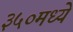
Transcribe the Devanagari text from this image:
३५०मध्ये